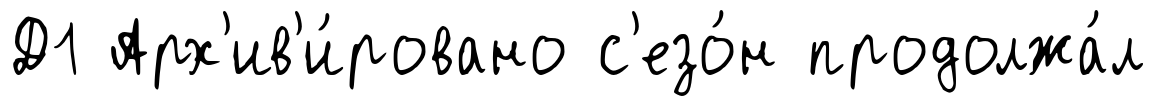
Д1 Арх'ив'и́ровано с'езо́н продолжа́л